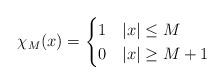
LaTeX: \begin{align*}\chi_M(x) =\begin{cases}1 & |x|\leq M\\0 & |x|\geq M+1\end{cases}\end{align*}